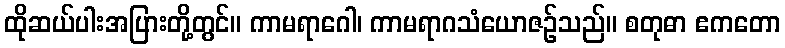
ထိုဆယ်ပါးအပြားတို့တွင်။ ကာမရာဂေါ၊ ကာမရာဂသံယောဇဉ်သည်။ စတုဓာ ဧကတော